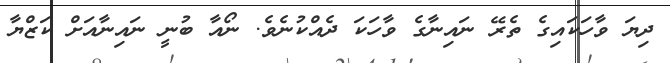
ދިޔަ ވާހަކައިގެ ތެރޭ ނައިނާގެ ވާހަކަ ދެއްކުނެވެ. ނޯއާ ބުނީ ނައިނާއަށް ކަޒްޔާ